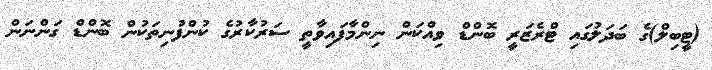
(ޓީބިލް)ގެ ބަދަލުގައި ޓްރެޒަރީ ބޮންޑް ވިއްކަން ނިންމާފައިވާތީ ސަރުކާރުގެ ކުންފުނިތަކުން ބޮންޑް ގަންނަން